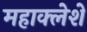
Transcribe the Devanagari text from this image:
महाक्लेशे